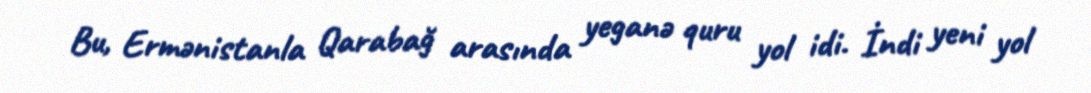
Bu, Ermənistanla Qarabağ arasında yeganə quru yol idi. İndi yeni yol